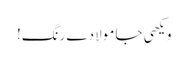
ویکھی جا مولا دے رنگ!